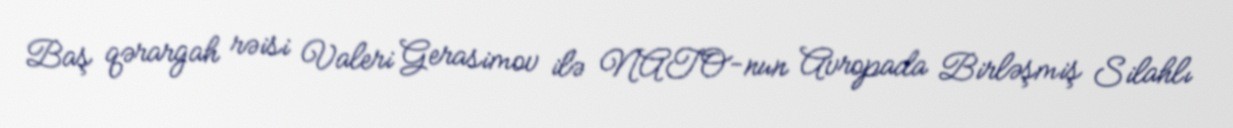
Baş qərargah rəisi Valeri Gerasimov ilə NATO-nun Avropada Birləşmiş Silahlı